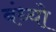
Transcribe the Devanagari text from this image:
बंध्यो